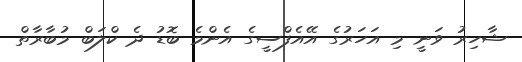
ޝާހިރު ވަނީ މި އަހަރުގެ އޭއެފްސީގެ އެންމެ ބޮޑު ދެ ކްލަބް މުބާރާތް